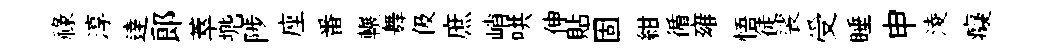
祿淳逹郞萃兠陟座番輾舞伋庶峭哄伸貼固紺循雍悟徒裟受睡申淩癡